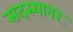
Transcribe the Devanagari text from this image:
सदस्यावर